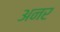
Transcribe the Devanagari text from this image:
अनर